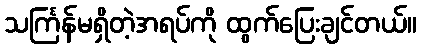
သင်္ကြန်မရှိတဲ့အရပ်ကို ထွက်ပြေးချင်တယ်။